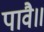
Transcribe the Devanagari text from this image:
पावै॥